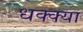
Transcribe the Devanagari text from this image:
धक्क्या